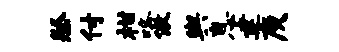
祭付柑咯傲舆息建庾